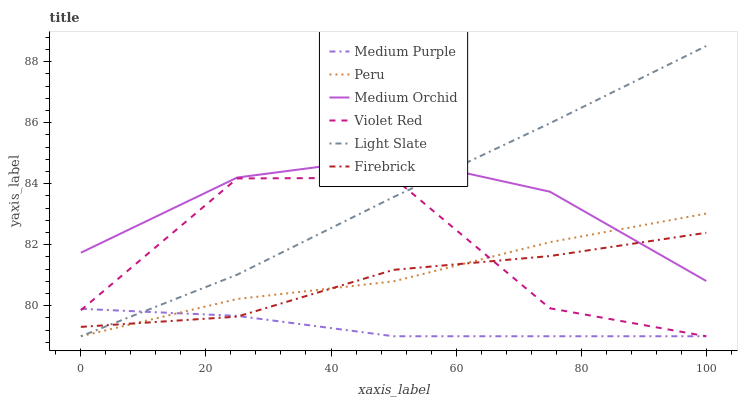
| xaxis_label | Medium Purple | Peru | Medium Orchid | Violet Red | Light Slate | Firebrick |
 | --- | --- | --- | --- | --- | --- | --- |
 | 0 | 79.9 | 79 | 81.7 | 79.9 | 79 | 79.3 |
 | 25 | 79.7 | 80.2 | 84.2 | 84.2 | 81 | 79.6 |
 | 50 | 79 | 80.8 | 84.9 | 84.2 | 83.6 | 81.2 |
 | 75 | 79 | 82.1 | 83.7 | 79.9 | 86 | 81.6 |
 | 100 | 79 | 83 | 80.8 | 79 | 88.5 | 82.4 |